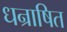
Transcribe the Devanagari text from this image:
धन्राषित